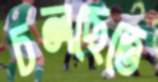
চলছেতে